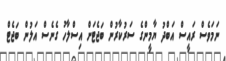
ނަމަވެސް ރައީސް އަބްދު ޔާމީންގެ ސަރުކާރުން ބަޖެޓަށް އިސްލާހު ގެނެސް އަލުން ބަޖެޓް